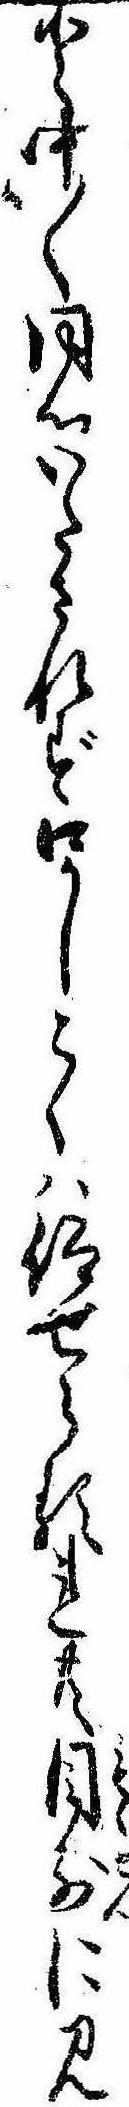
と中〱同心いたされず口かしこくは仰せらるれ共目前に見